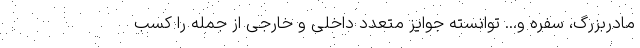
مادربزرگ، سفره و... توانسته جوایز متعدد داخلی و خارجی از جمله را کسب